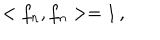
LaTeX: < f _ { n } , f _ { n } > = 1 \, ,